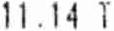
11.14 T